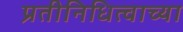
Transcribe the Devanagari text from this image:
प्रतीनिधित्वाच्या